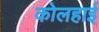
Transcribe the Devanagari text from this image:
कोलहाई